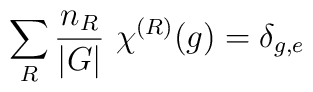
\sum_R {n_R\over |G|} ~\chi^{(R)}(g)=\delta_{g,e}